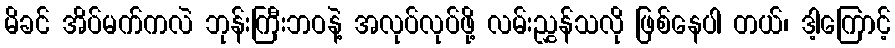
မိခင် အိပ်မက်ကလဲ ဘုန်းကြီးဘဝနဲ့ အလုပ်လုပ်ဖို့ လမ်းညွှန်သလို ဖြစ်နေပါ တယ်၊ ဒါ့ကြောင့်